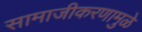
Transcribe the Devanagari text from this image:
सामाजीकरणामुळे